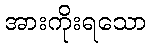
အားကိုးရသော